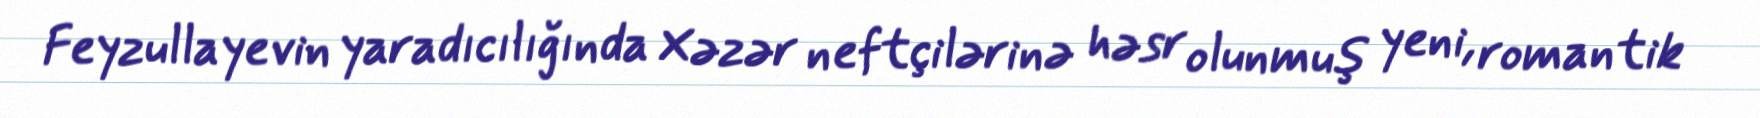
Feyzullayevin yaradıcılığında Xəzər neftçilərinə həsr olunmuş yeni, romantik